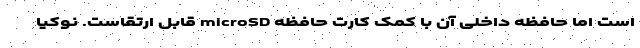
است اما حافظه داخلی آن با کمک کارت حافظه microSD قابل ارتقاست. نوکیا